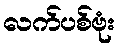
လက်ပစ်ဗုံး